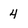
Character: 4